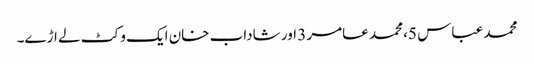
محمد عباس 5، محمد عامر 3 اور شاداب خان ایک وکٹ لے اڑے۔